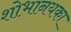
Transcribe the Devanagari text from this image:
शोभानयका